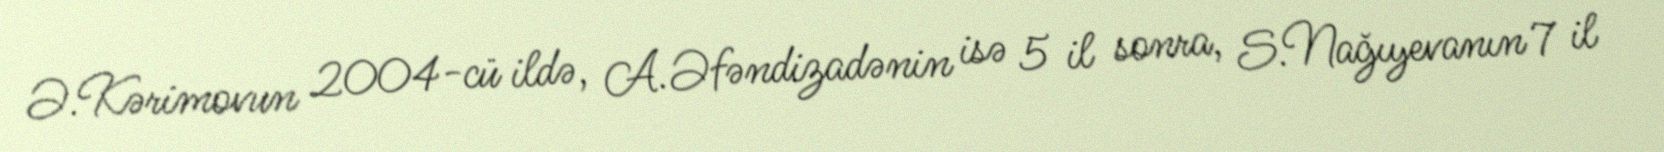
Ə.Kərimovun 2004-cü ildə, A.Əfəndizadənin isə 5 il sonra, S.Nağıyevanın 7 il